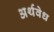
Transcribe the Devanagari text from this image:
अर्थवेध